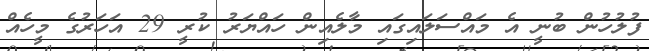
ފުލުހުން ބުނީ އެ މައްސަލައިގައި މާލެއިން ހައްޔަރު ކުރީ 29 އަހަރުގެ މީހެއް